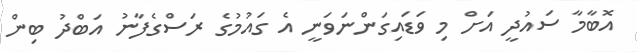
އޮބާމާ ސައުދީ އަށް މި ވަޑައިގަންނަވަނީ އެ ގައުމުގެ ރަސްގެފާނު އަބްދު ބިން